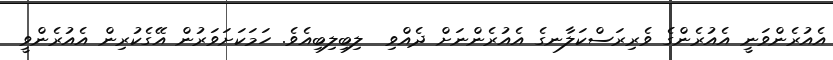
އެއުރެންވަނީ އެއުރެންގެ ވެރިރަސްކަލާނގެ އެއުރެންނަށް ދެއްވި  ލިބިލިބިއެވެ. ހަމަކަށަވަރުން އޭގެކުރިން އެއުރެންވީ